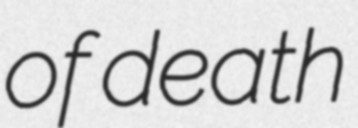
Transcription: of death